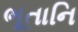
ભૂતાનિ